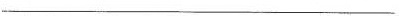
___